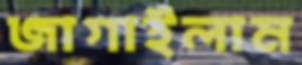
জাগাইলাম